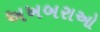
અખબરાઓ